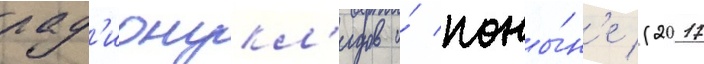
рад'ионукл'идов и́ поны́н'е (2017